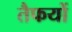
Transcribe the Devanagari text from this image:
तैफयों